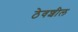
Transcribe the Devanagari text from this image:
ठेवशील